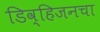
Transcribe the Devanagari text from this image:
डिव्हिजनचा